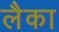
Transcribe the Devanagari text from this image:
लैका